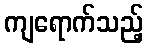
ကျရောက်သည့်